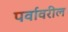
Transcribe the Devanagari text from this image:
पर्वावरील